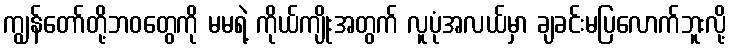
ကျွန်တော်တို့ဘဝတွေကို မမရဲ့ ကိုယ်ကျိုးအတွက် လူပုံအလယ်မှာ ချခင်းမပြလောက်ဘူးလို့